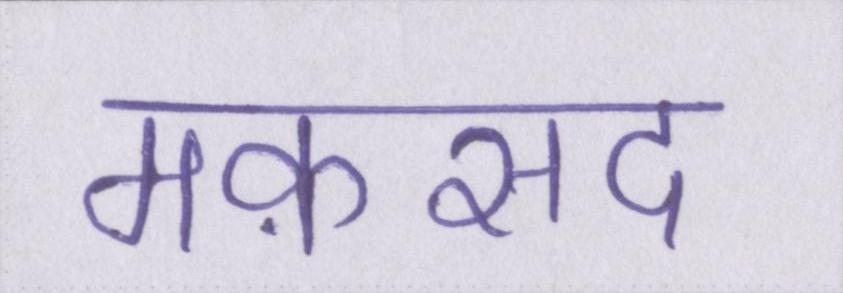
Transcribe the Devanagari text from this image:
मक़सद